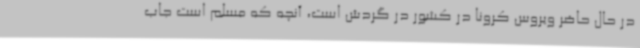
در حال حاضر ویروس کرونا در کشور در گردش است، آنچه که مسلم است جاب